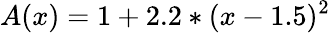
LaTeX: A(x)=1+2.2*(x-1.5)^{2}